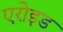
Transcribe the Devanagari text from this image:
एरोइड